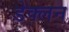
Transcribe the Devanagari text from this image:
डेक्लन